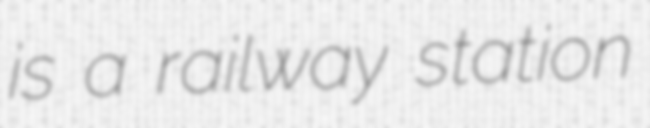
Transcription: is a railway station